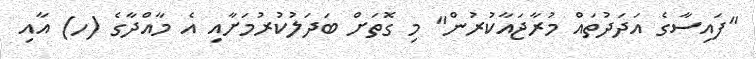
"ފައިސާގެ އަދަދުތައް މުރާޖައާކުރުން" މި ގޮތަށް ބަދަލުކުރުމަށާއި އެ މާއްދާގެ (ހ) އާއި